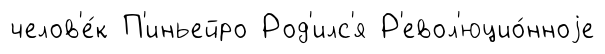
челов'е́к П'иньейро Род'илс'я Р'евол'юцио́нноjе